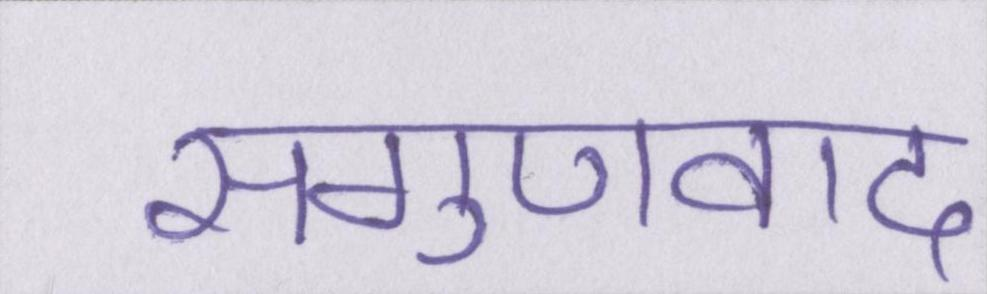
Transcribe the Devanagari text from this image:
सगुणवाद